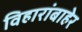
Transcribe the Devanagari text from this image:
विहारांबाहेर